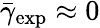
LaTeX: \bar{\gamma}_{\mathrm{exp}}\approx 0